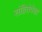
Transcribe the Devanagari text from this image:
संहितेपेक्षा